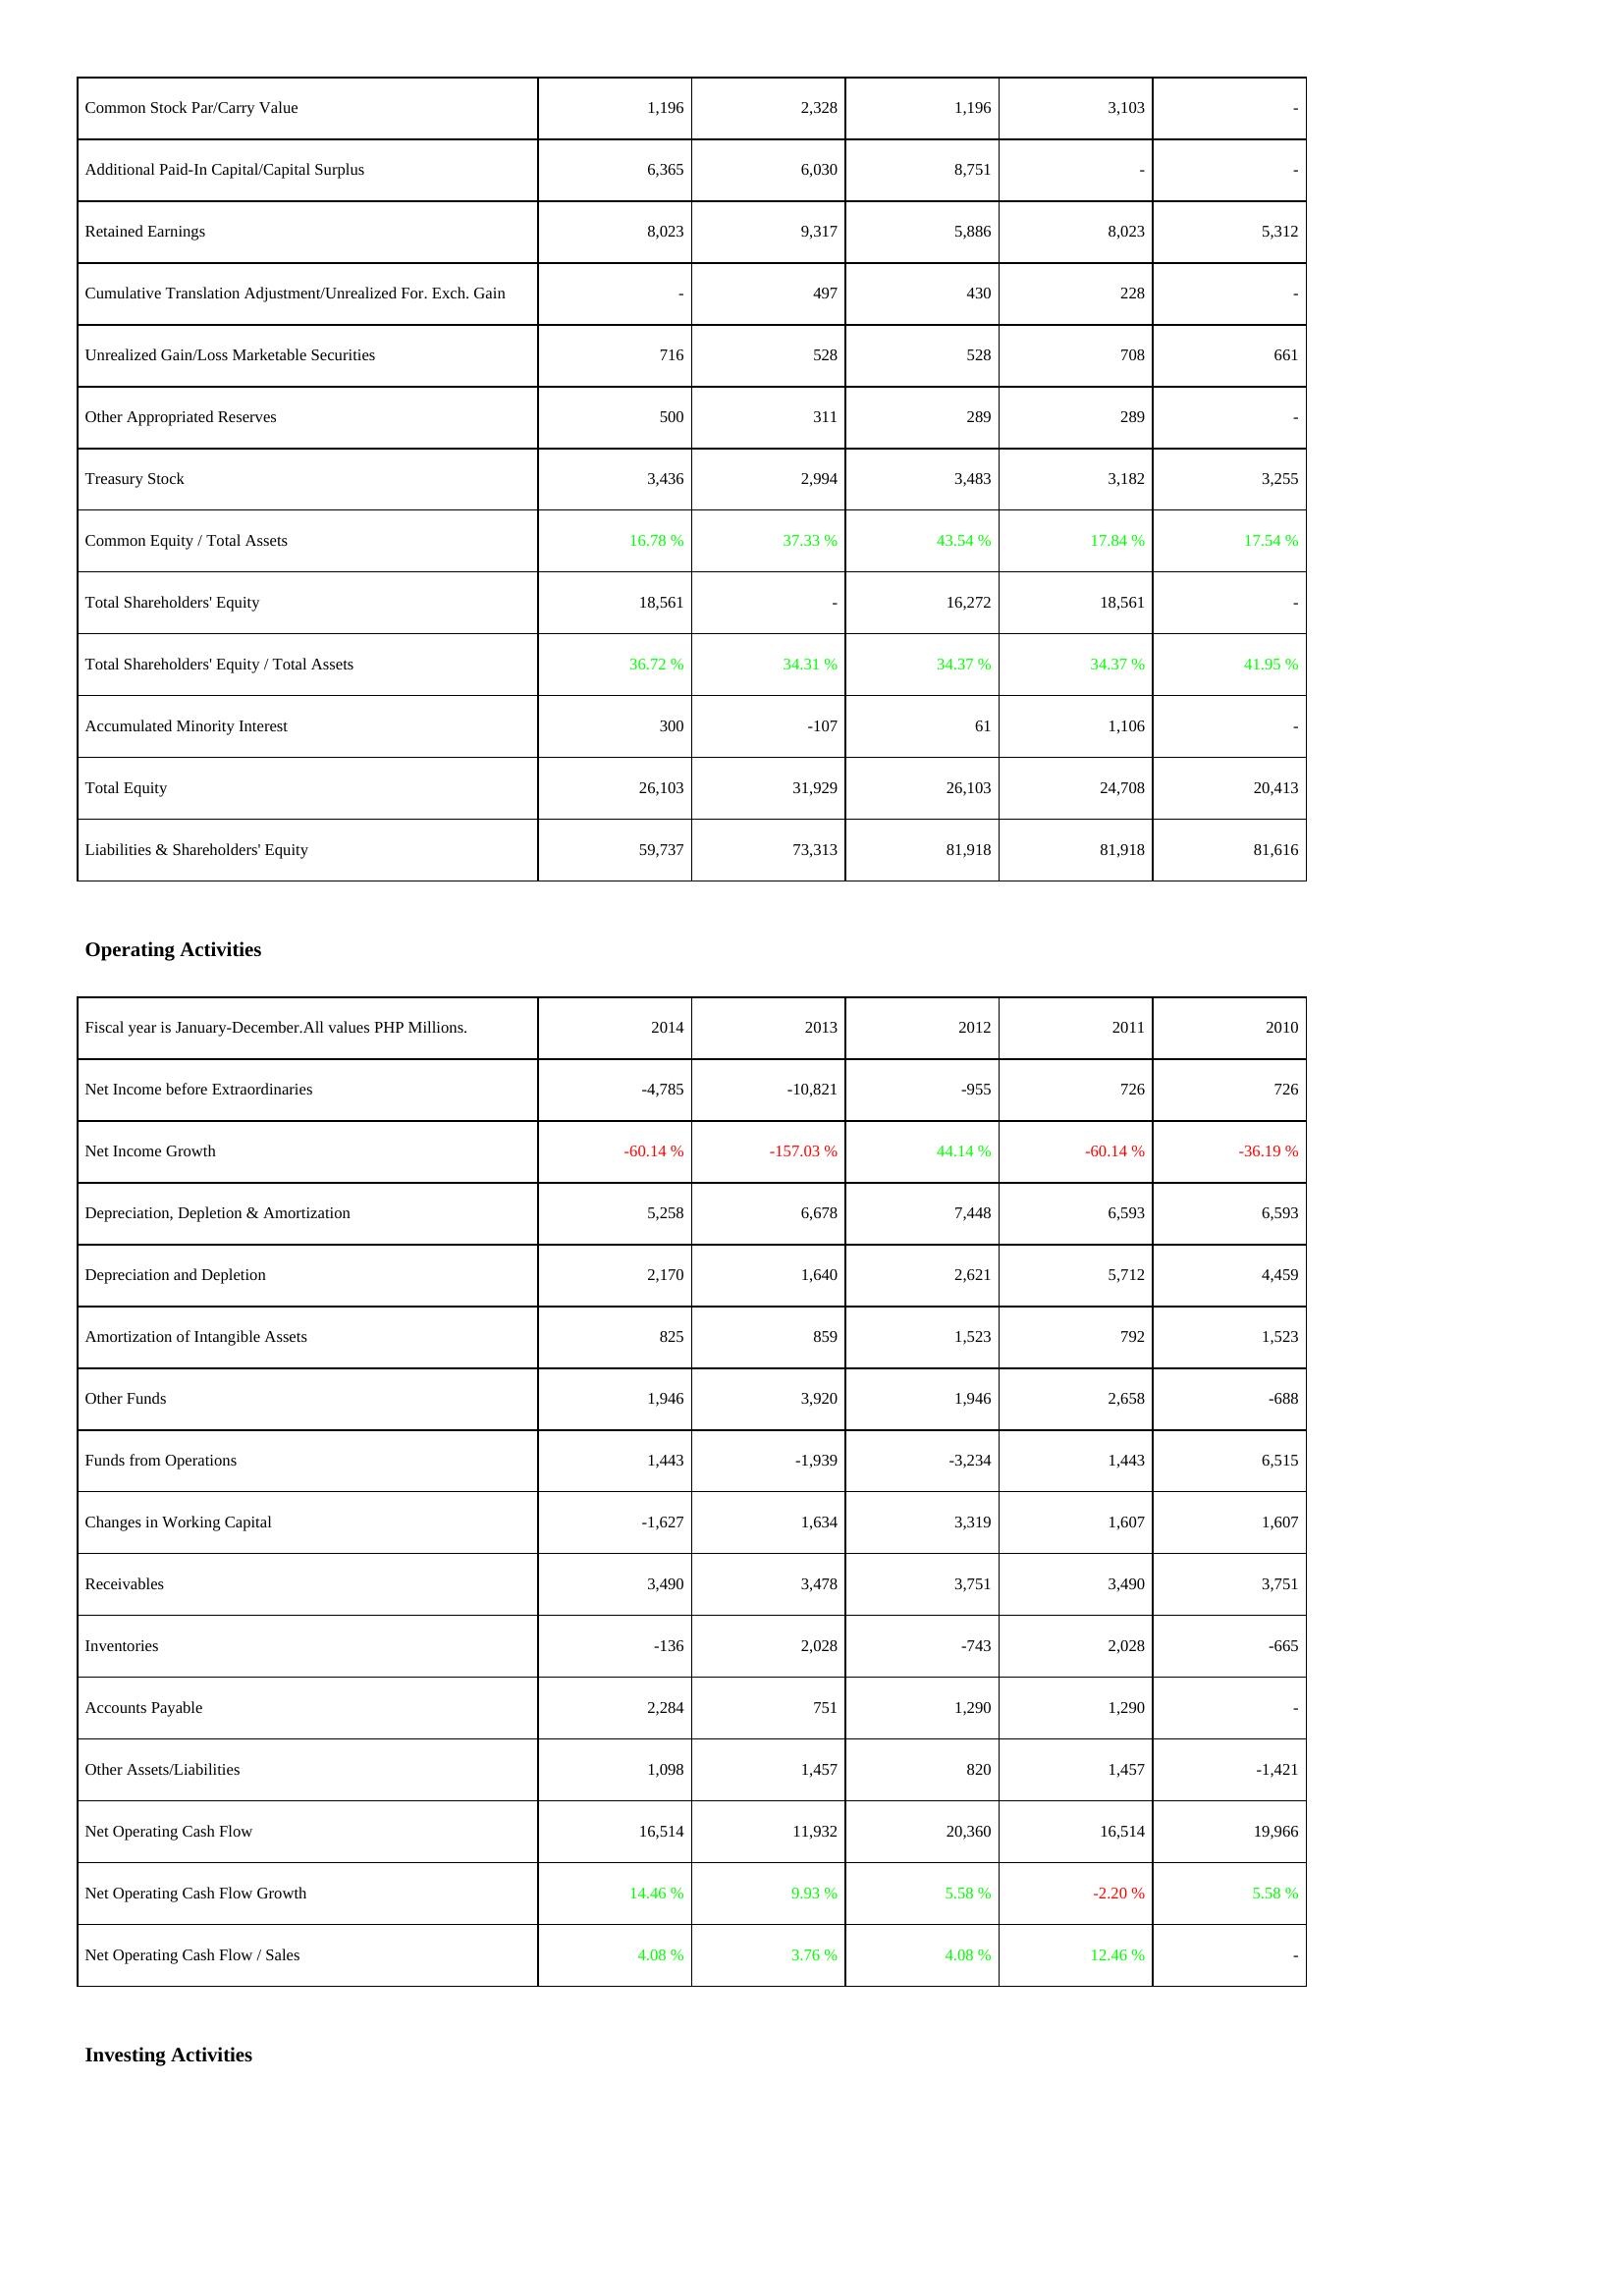
2014: Liabilities & Shareholders' Equity: Common Stock Par/Carry Value: 1,196
Additional Paid-In Capital/Capital Surplus: 6,365
Retained Earnings: 8,023
Cumulative Translation Adjustment/Unrealized For. Exch. Gain: -
Unrealized Gain/Loss Marketable Securities: 716
Other Appropriated Reserves: 500
Treasury Stock: 3,436
Common Equity / Total Assets: 16.78 %
Total Shareholders' Equity: 18,561
Total Shareholders' Equity / Total Assets: 36.72 %
Accumulated Minority Interest: 300
Total Equity: 26,103
Liabilities & Shareholders' Equity: 59,737
Operating Activities: Net Income before Extraordinaries: -4,785
Net Income Growth: -60.14 %
Depreciation, Depletion & Amortization: 5,258
Depreciation and Depletion: 2,170
Amortization of Intangible Assets: 825
Other Funds: 1,946
Funds from Operations: 1,443
Changes in Working Capital: -1,627
Receivables: 3,490
Inventories: -136
Accounts Payable: 2,284
Other Assets/Liabilities: 1,098
Net Operating Cash Flow: 16,514
Net Operating Cash Flow Growth: 14.46 %
Net Operating Cash Flow / Sales: 4.08 %
2013: Liabilities & Shareholders' Equity: Common Stock Par/Carry Value: 2,328
Additional Paid-In Capital/Capital Surplus: 6,030
Retained Earnings: 9,317
Cumulative Translation Adjustment/Unrealized For. Exch. Gain: 497
Unrealized Gain/Loss Marketable Securities: 528
Other Appropriated Reserves: 311
Treasury Stock: 2,994
Common Equity / Total Assets: 37.33 %
Total Shareholders' Equity: -
Total Shareholders' Equity / Total Assets: 34.31 %
Accumulated Minority Interest: -107
Total Equity: 31,929
Liabilities & Shareholders' Equity: 73,313
Operating Activities: Net Income before Extraordinaries: -10,821
Net Income Growth: -157.03 %
Depreciation, Depletion & Amortization: 6,678
Depreciation and Depletion: 1,640
Amortization of Intangible Assets: 859
Other Funds: 3,920
Funds from Operations: -1,939
Changes in Working Capital: 1,634
Receivables: 3,478
Inventories: 2,028
Accounts Payable: 751
Other Assets/Liabilities: 1,457
Net Operating Cash Flow: 11,932
Net Operating Cash Flow Growth: 9.93 %
Net Operating Cash Flow / Sales: 3.76 %
2012: Liabilities & Shareholders' Equity: Common Stock Par/Carry Value: 1,196
Additional Paid-In Capital/Capital Surplus: 8,751
Retained Earnings: 5,886
Cumulative Translation Adjustment/Unrealized For. Exch. Gain: 430
Unrealized Gain/Loss Marketable Securities: 528
Other Appropriated Reserves: 289
Treasury Stock: 3,483
Common Equity / Total Assets: 43.54 %
Total Shareholders' Equity: 16,272
Total Shareholders' Equity / Total Assets: 34.37 %
Accumulated Minority Interest: 61
Total Equity: 26,103
Liabilities & Shareholders' Equity: 81,918
Operating Activities: Net Income before Extraordinaries: -955
Net Income Growth: 44.14 %
Depreciation, Depletion & Amortization: 7,448
Depreciation and Depletion: 2,621
Amortization of Intangible Assets: 1,523
Other Funds: 1,946
Funds from Operations: -3,234
Changes in Working Capital: 3,319
Receivables: 3,751
Inventories: -743
Accounts Payable: 1,290
Other Assets/Liabilities: 820
Net Operating Cash Flow: 20,360
Net Operating Cash Flow Growth: 5.58 %
Net Operating Cash Flow / Sales: 4.08 %
2011: Liabilities & Shareholders' Equity: Common Stock Par/Carry Value: 3,103
Additional Paid-In Capital/Capital Surplus: -
Retained Earnings: 8,023
Cumulative Translation Adjustment/Unrealized For. Exch. Gain: 228
Unrealized Gain/Loss Marketable Securities: 708
Other Appropriated Reserves: 289
Treasury Stock: 3,182
Common Equity / Total Assets: 17.84 %
Total Shareholders' Equity: 18,561
Total Shareholders' Equity / Total Assets: 34.37 %
Accumulated Minority Interest: 1,106
Total Equity: 24,708
Liabilities & Shareholders' Equity: 81,918
Operating Activities: Net Income before Extraordinaries: 726
Net Income Growth: -60.14 %
Depreciation, Depletion & Amortization: 6,593
Depreciation and Depletion: 5,712
Amortization of Intangible Assets: 792
Other Funds: 2,658
Funds from Operations: 1,443
Changes in Working Capital: 1,607
Receivables: 3,490
Inventories: 2,028
Accounts Payable: 1,290
Other Assets/Liabilities: 1,457
Net Operating Cash Flow: 16,514
Net Operating Cash Flow Growth: -2.20 %
Net Operating Cash Flow / Sales: 12.46 %
2010: Liabilities & Shareholders' Equity: Common Stock Par/Carry Value: -
Additional Paid-In Capital/Capital Surplus: -
Retained Earnings: 5,312
Cumulative Translation Adjustment/Unrealized For. Exch. Gain: -
Unrealized Gain/Loss Marketable Securities: 661
Other Appropriated Reserves: -
Treasury Stock: 3,255
Common Equity / Total Assets: 17.54 %
Total Shareholders' Equity: -
Total Shareholders' Equity / Total Assets: 41.95 %
Accumulated Minority Interest: -
Total Equity: 20,413
Liabilities & Shareholders' Equity: 81,616
Operating Activities: Net Income before Extraordinaries: 726
Net Income Growth: -36.19 %
Depreciation, Depletion & Amortization: 6,593
Depreciation and Depletion: 4,459
Amortization of Intangible Assets: 1,523
Other Funds: -688
Funds from Operations: 6,515
Changes in Working Capital: 1,607
Receivables: 3,751
Inventories: -665
Accounts Payable: -
Other Assets/Liabilities: -1,421
Net Operating Cash Flow: 19,966
Net Operating Cash Flow Growth: 5.58 %
Net Operating Cash Flow / Sales: -